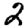
Digit: 2